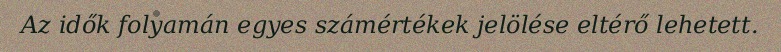
Az idők folyamán egyes számértékek jelölése eltérő lehetett.